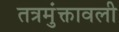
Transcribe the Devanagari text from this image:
तत्रमुंक्तावली